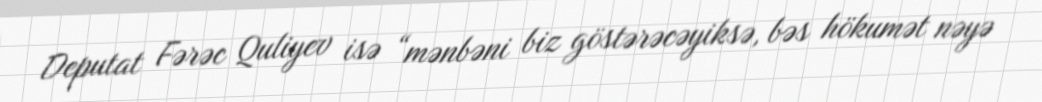
Deputat Fərəc Quliyev isə “mənbəni biz göstərəcəyiksə, bəs hökumət nəyə